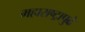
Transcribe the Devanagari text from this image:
महाराष्ट्रापुढे